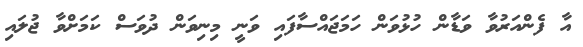
އާ ފެންއަރުވާ ވަޑާން ހުޅުވަން ހަމަޖައްސާފައި ވަނީ މިނިވަން ދުވަސް ކަމަށްވާ ޖުލައި